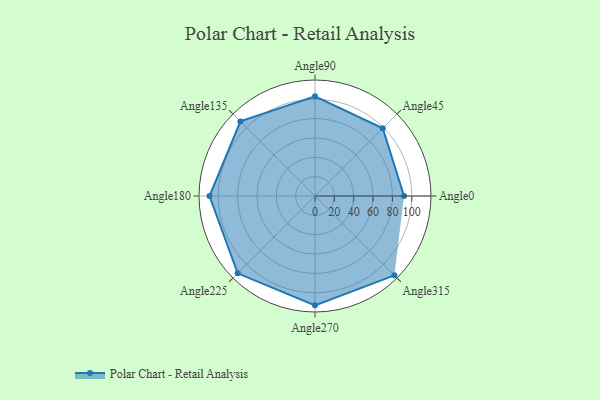
{"axis": {"x": "Angle", "y": "Radius"}, "legend": [""], "data": [{"x": "Angle0", "y": 92.0, "type": ""}, {"x": "Angle45", "y": 99.0, "type": ""}, {"x": "Angle90", "y": 103.0, "type": ""}, {"x": "Angle135", "y": 109.0, "type": ""}, {"x": "Angle180", "y": 109.0, "type": ""}, {"x": "Angle225", "y": 113.0, "type": ""}, {"x": "Angle270", "y": 113.0, "type": ""}, {"x": "Angle315", "y": 116.0, "type": ""}]}